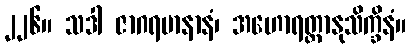
၂၂၆။ သဒါ ဇာဂရမာနာနံ၊ အဟောရတ္တာနုသိက္ခိနံ။